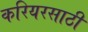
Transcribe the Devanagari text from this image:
करियरसाठी